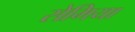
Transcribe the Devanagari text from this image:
सेमिया